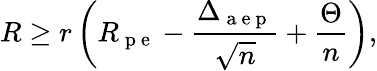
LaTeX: R\geq r\left(R_{\mathrm{~p~e~}}-\frac{\Delta_{\mathrm{~a~e~p~}}}{\sqrt{n}}+\frac{\Theta}{n}\right),